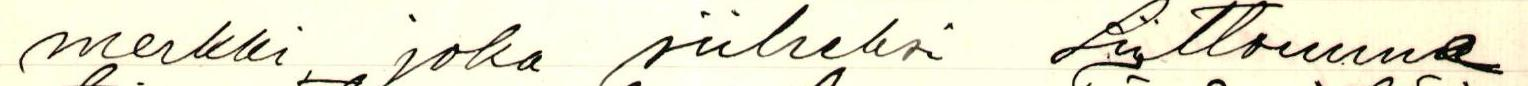
merkki, joka siiheksi Liittomme